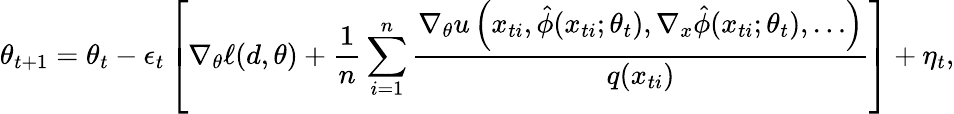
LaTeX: \theta_{t+1}=\theta_{t}-\epsilon_{t}\left[\nabla_{\theta}\ell(d,\theta)+\frac{1}{n}\sum_{i=1}^{n}\frac{\nabla_{\theta}u\left(x_{ti},\hat{\phi}(x_{ti};\theta_{t}),\nabla_{x}\hat{\phi}(x_{ti};\theta_{t}),\dots\right)}{q(x_{ti})}\right]+\eta_{t},